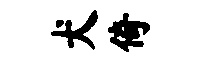
犬倚